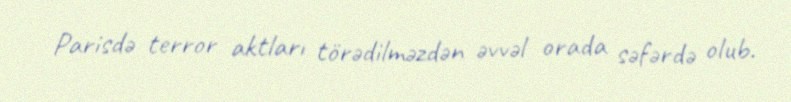
Parisdə terror aktları törədilməzdən əvvəl orada səfərdə olub.